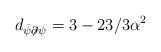
LaTeX: \begin{align*}d_{\bar \psi\not \partial \psi}= 3 -23/3\alpha^2\end{align*}